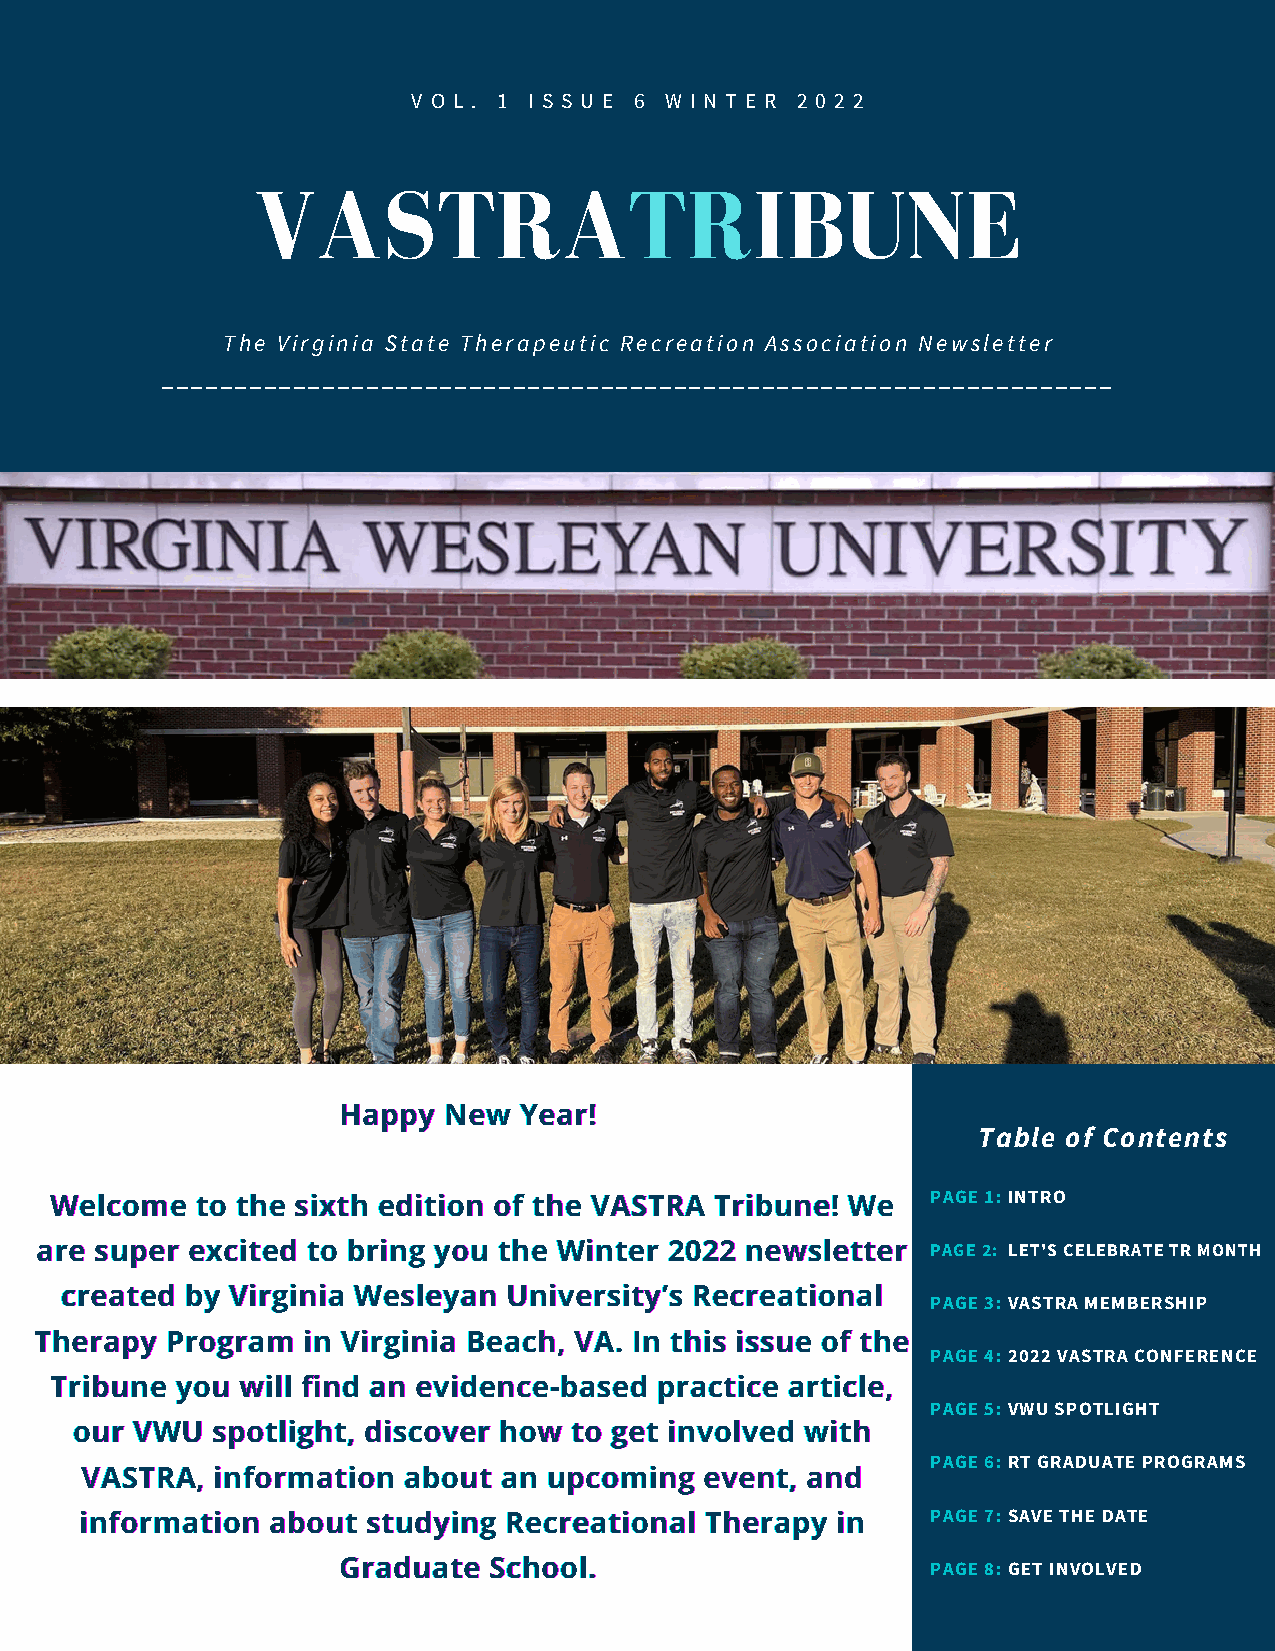
V O L . 1 I S S U E 6 W I N T E R 2 0 2 2
 VASTRATRIBUNE
 The Virginia State Therapeutic Recreation Association Newsletter
 _________________________________________________________________
 HHHaaappppppyyy NNNeeewww YYYeeeaaarrr!!!
 Table of Contents
 WWWeeelllcccooommmeee tttooo ttthhheee sssiiixxxttthhh eeedddiiitttiiiooonnn ooofff ttthhheee VVVAAASSSTTTRRRAAA TTTrrriiibbbuuunnneee!!! WWWeee PAGE 1: INTRO
 aaarrreee sssuuupppeeerrr eeexxxccciiittteeeddd tttooo bbbrrriiinnnggg yyyooouuu ttthhheee WWWiiinnnttteeerrr 222000222222 nnneeewwwsssllleeetttttteeerrr PAGE 2: LET'S CELEBRATE TR MONTH
 cccrrreeeaaattteeeddd bbbyyy VVViiirrrgggiiinnniiiaaa WWWeeesssllleeeyyyaaannn UUUnnniiivvveeerrrsssiiitttyyy’’’sss RRReeecccrrreeeaaatttiiiooonnnaaalll
 PAGE 3: VASTRA MEMBERSHIP
 TTThhheeerrraaapppyyy PPPrrrooogggrrraaammm iiinnn VVViiirrrgggiiinnniiiaaa BBBeeeaaaccchhh,,, VVVAAA... IIInnn ttthhhiiisss iiissssssuuueee ooofff ttthhheee
 PAGE 4: 2022 VASTRA CONFERENCE
 TTTrrriiibbbuuunnneee yyyooouuu wwwiiillllll fififinnnddd aaannn eeevvviiidddeeennnccceee---bbbaaassseeeddd ppprrraaaccctttiiiccceee aaarrrtttiiicccllleee,,,
 PAGE 5: VWU SPOTLIGHT
 ooouuurrr VVVWWWUUU ssspppoootttllliiiggghhhttt,,, dddiiissscccooovvveeerrr hhhooowww tttooo gggeeettt iiinnnvvvooolllvvveeeddd wwwiiittthhh
 PAGE 6: RT GRADUATE PROGRAMS
 VVVAAASSSTTTRRRAAA,,, iiinnnfffooorrrmmmaaatttiiiooonnn aaabbbooouuuttt aaannn uuupppcccooommmiiinnnggg eeevvveeennnttt,,, aaannnddd
 iiinnnfffooorrrmmmaaatttiiiooonnn aaabbbooouuuttt ssstttuuudddyyyiiinnnggg RRReeecccrrreeeaaatttiiiooonnnaaalll TTThhheeerrraaapppyyy iiinnn PAGE 7: SAVE THE DATE
 GGGrrraaaddduuuaaattteee SSSccchhhoooooolll... PAGE 8: GET INVOLVED